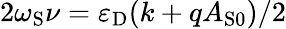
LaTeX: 2\omega_{\mathrm{S}}\nu=\varepsilon_{\mathrm{D}}(k+qA_{\mathrm{S0}})/2